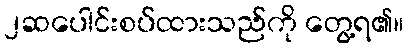
၂ဆပေါင်းစပ်ထားသည်ကို တွေ့ရ၏။